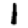
Digit: 1